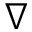
\nabla